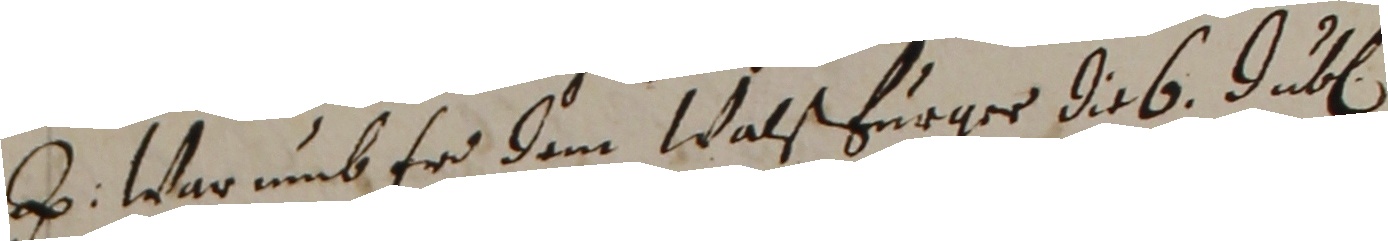
e. Warumb er dem Walsfurger di 6. dub